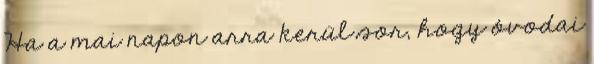
Ha a mai napon arra kerül sor, hogy óvodai